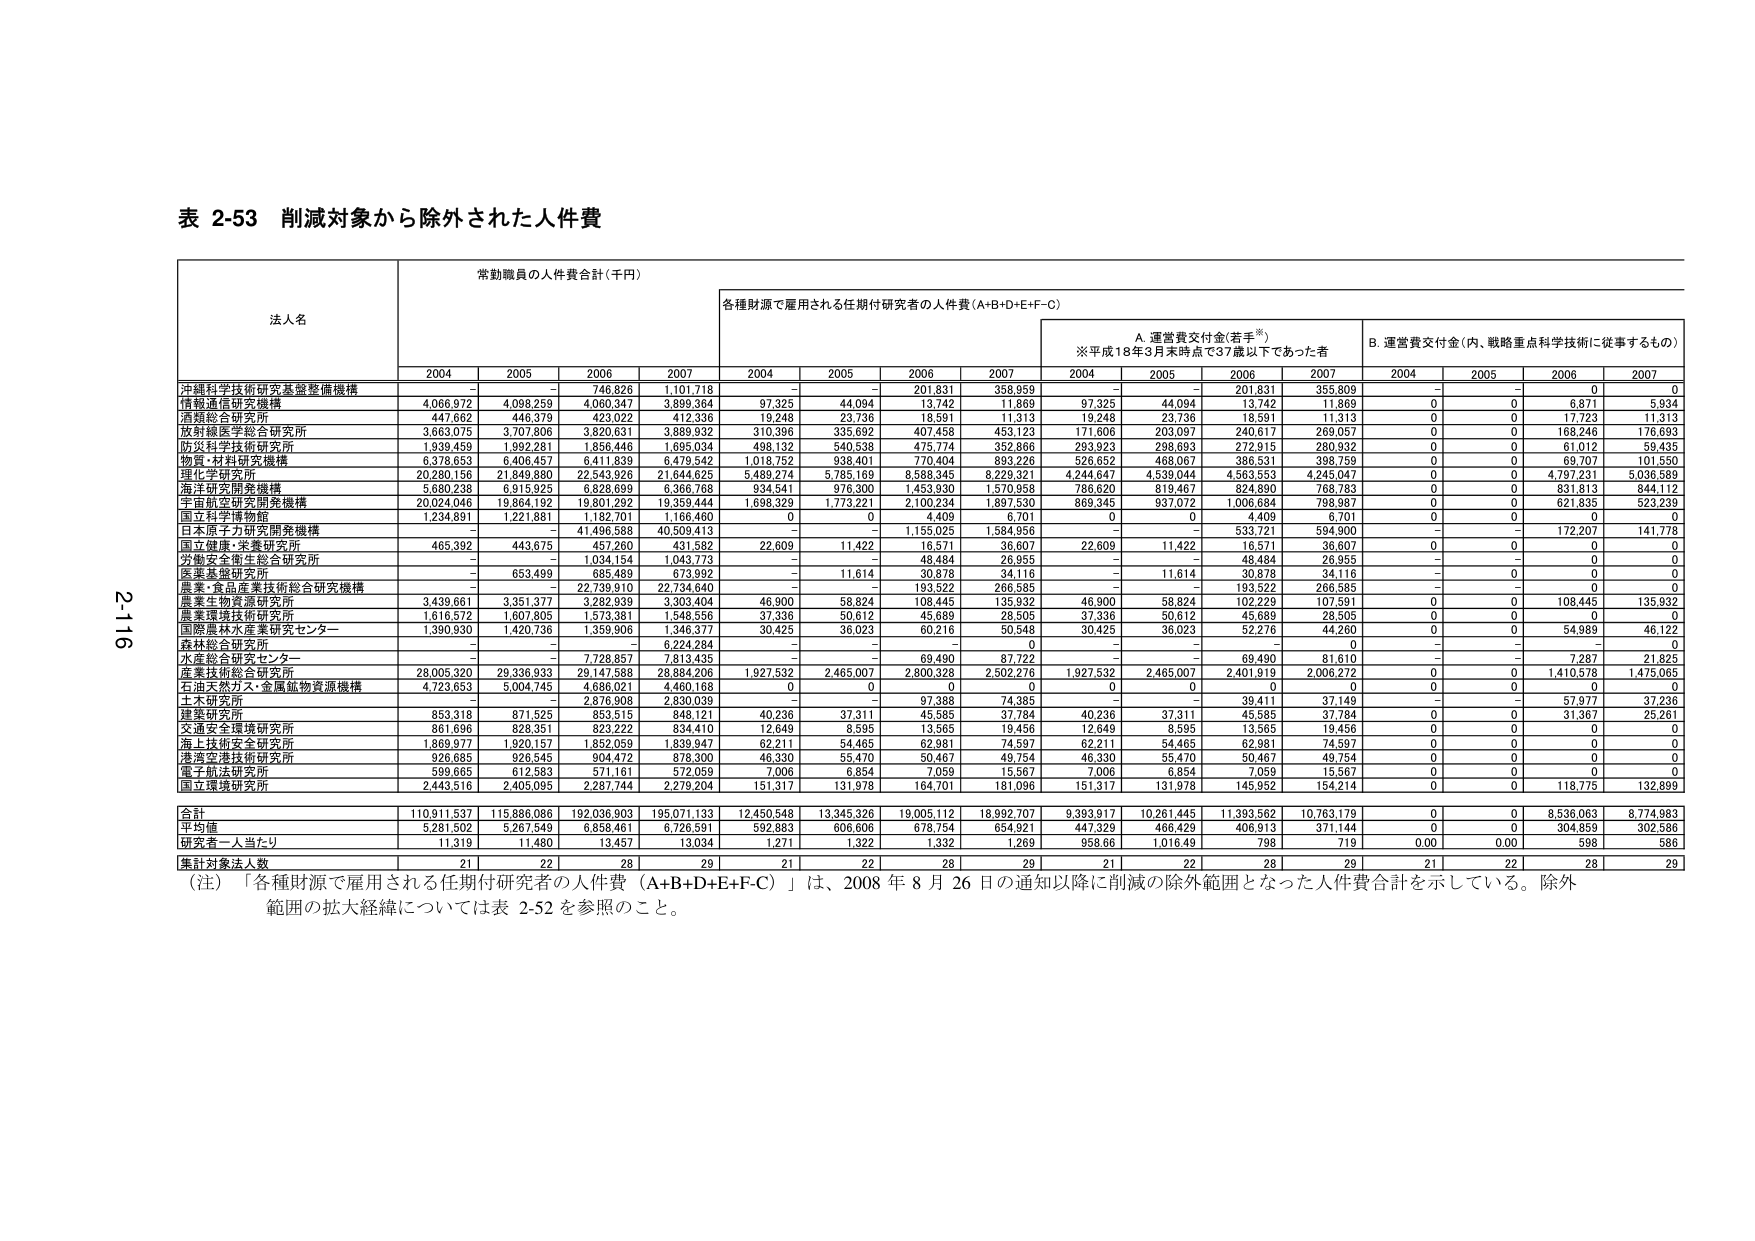
表 2-53 削減対象から除外された人件費

法人名 常勤職員の人件費合計（千円） 各種財源で雇用される任期付研究者の人件費（A+B+D+E+F-C）
A. 運営費交付金（若手※） B. 運営費交付金（内、戦略重点科学技術に従事するもの）
※平成18年3月末時点で37歳以下であった者

2004 2005 2006 2007 2004 2005 2006 2007 2004 2005 2006 2007 2004 2005 2006 2007

沖縄科学技術研究基盤整備機構 - - 746,826 1,101,718 - - 201,831 358,959 - - 201,831 355,809 - - 0 0
情報通信研究機構 4,066,972 4,098,259 4,060,347 3,899,364 97,325 44,094 13,742 11,869 97,325 44,094 13,742 11,869 0 0 6,871 5,934
酒類総合研究所 447,662 446,379 423,022 412,336 19,248 23,736 18,591 11,313 19,248 23,736 18,591 11,313 0 0 17,723 11,313
放射線医学総合研究所 3,663,075 3,707,806 3,820,631 3,889,932 310,396 335,692 407,458 453,123 171,606 203,097 240,617 269,057 0 0 168,246 176,693
防災科学技術研究所 1,939,459 1,992,281 1,856,446 1,695,034 498,132 540,538 475,774 352,866 293,923 298,693 272,915 280,932 0 0 81,012 59,435
物質・材料研究機構 6,378,653 6,408,457 6,411,839 6,479,542 1,018,752 938,401 770,404 893,226 526,652 469,067 386,531 398,759 0 0 69,707 101,550
理化学研究所 20,280,156 21,849,880 22,543,926 21,644,625 5,489,274 5,785,169 8,588,345 8,229,321 4,244,647 4,539,044 4,563,553 4,245,047 0 0 4,797,231 5,036,589
海洋研究開発機構 5,680,238 6,915,925 6,828,699 6,366,768 934,541 976,300 1,453,930 1,570,958 786,620 819,467 824,890 768,783 0 0 831,813 844,112
宇宙航空研究開発機構 20,024,046 19,864,192 19,801,292 19,359,444 1,698,329 1,773,221 2,100,234 1,897,530 869,345 937,072 1,006,684 798,987 0 0 621,835 523,239
国立科学博物館 1,234,891 1,221,881 1,182,701 1,166,460 0 0 4,409 6,701 0 0 4,409 6,701 0 0 0 0
日本原子力研究開発機構 - - 41,496,588 40,509,413 - - 1,155,025 1,584,956 - - 533,721 594,900 - - 172,207 141,778
国立健康・栄養研究所 465,392 443,675 457,260 431,582 22,609 11,422 16,571 36,607 22,609 11,422 16,571 36,607 0 0 0 0
労働安全衛生総合研究所 - - 1,034,154 1,043,773 - - 48,484 26,955 - - 48,484 26,955 - - 0 0
医薬基盤研究所 - 653,499 685,469 673,992 - 11,614 30,878 34,116 - 11,614 30,878 34,116 - 0 0 0
農業・食品産業技術総合研究機構 - - 22,739,910 22,734,640 - - 193,522 266,585 - - 193,522 266,585 - - 0 0
農業生物資源研究所 3,439,661 3,351,377 3,282,939 3,303,404 46,900 58,824 108,445 135,832 46,900 58,824 102,229 107,591 0 0 108,445 135,932
農業環境技術研究所 1,616,572 1,607,805 1,573,381 1,548,556 37,336 50,612 45,689 28,505 37,336 50,612 45,689 28,505 0 0 0 0
国際農林水産業研究センター 1,390,930 1,420,736 1,359,906 1,346,377 30,425 36,023 60,216 50,548 30,425 36,023 52,276 44,260 0 0 54,989 46,122
森林総合研究所 - - - 6,224,284 - - - 0 - - - 0 - - - 0
水産総合研究センター - - 7,728,857 7,813,435 - - 69,490 87,722 - - 69,490 81,610 - - 7,287 21,825
産業技術総合研究所 28,005,320 29,336,933 29,147,588 28,884,206 1,927,532 2,465,007 2,800,328 2,502,276 1,927,532 2,465,007 2,401,919 2,006,272 0 0 1,410,578 1,475,065
石油天然ガス・金属鉱物資源機構 4,723,653 5,004,745 4,686,021 4,460,168 0 0 0 0 0 0 0 0 0 0 0 0
土木研究所 - - 2,876,908 2,830,039 - - 97,388 74,385 - - 39,411 37,149 - - 57,977 37,236
建築研究所 853,318 871,525 853,515 848,121 40,236 37,311 45,585 37,784 40,236 37,311 45,585 37,784 0 0 31,367 25,261
交通安全環境研究所 861,696 828,351 823,222 834,410 12,649 8,595 13,565 19,456 12,649 8,595 13,565 19,456 0 0 0 0
海上技術安全研究所 1,869,977 1,920,157 1,852,059 1,839,947 62,211 54,465 62,981 74,597 62,211 54,465 62,981 74,597 0 0 0 0
港湾空港技術研究所 926,685 926,545 904,472 878,300 46,330 55,470 50,467 49,754 46,330 55,470 50,467 49,754 0 0 0 0
電子航法研究所 599,665 612,583 571,161 572,059 7,006 6,854 7,059 15,567 7,006 6,854 7,059 15,567 0 0 0 0
国立環境研究所 2,443,516 2,405,095 2,287,744 2,279,204 151,317 131,978 164,701 181,096 151,317 131,978 145,952 154,214 0 0 118,775 132,899

合計 110,911,537 115,886,086 192,036,903 195,071,133 12,450,548 13,345,326 19,005,112 18,992,707 9,393,917 10,261,445 11,393,562 10,763,179 0 0 8,536,063 8,774,983
平均値 5,281,502 5,287,549 6,858,461 6,726,591 592,883 606,606 678,154 654,921 447,329 466,429 406,913 371,144 0 0 304,859 302,586
研究者一人当たり 11,319 11,460 13,457 13,034 1,271 1,322 1,332 1,269 958,66 1,016,49 798 719 0.00 0.00 596 586
集計対象法人数 21 22 28 29 21 22 28 29 21 22 28 29 21 22 28 29

（注）「各種財源で雇用される任期付研究者の人件費（A+B+D+E+F-C）」は、2008年8月26日の通知以降に削減の除外範囲となった人件費合計を示している。除外範囲の拡大経緯については表2-52を参照のこと。

2-16